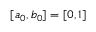
[ a _ { 0 } , b _ { 0 } ] = [ 0 , 1 ]